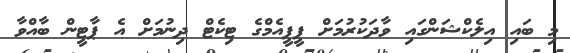
މި ބައި އިލެކްޝަންގައި ވާދަކުރުމަށް ޕީޕީއެމްގެ ޓިކެޓް ދިނުމަށް އެ ޕާޓީން ބާއްވާ